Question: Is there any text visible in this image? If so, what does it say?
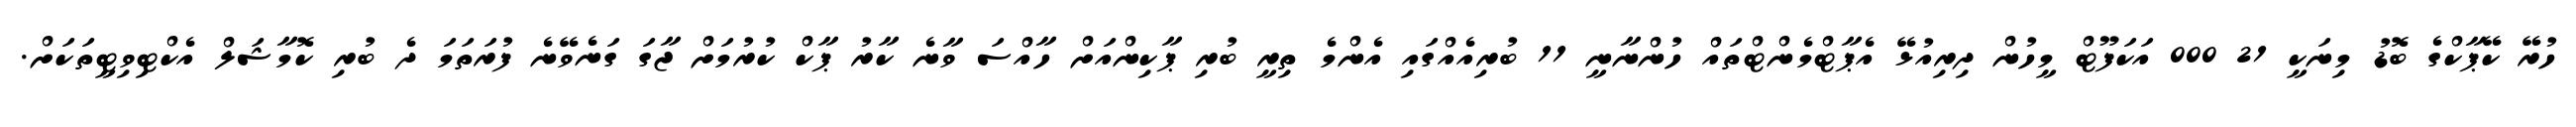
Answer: ހުރޭ ކޭޕާކްގެ ބޮޑު މިނަކީ 21 000 އަކަފޫޓް މީހުން ދިރިއުޅޭ އެޕާޓްމެންޓްތައް ހުންނާނީ 11 ބުރިއެއްގައި އެންމެ ތިރީ ބުރި ޕާކިންއަށް ހާއްސަ ވާނެ ކާރު ޕާކް ކުރުމަށް ޖާގަ ގަނެވޭނެ ފުރަތަމަ ދެ ބުރި ކޮމާޝަލް އެކްޓިވިޓީތަކަށް.